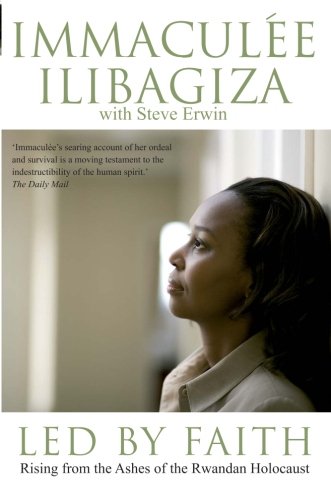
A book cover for Led by Faith: Rising from the Ashes of the Rwandan Genocide (Left to Tell); Immaculee Ilibagiza; Biographies & Memoirs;